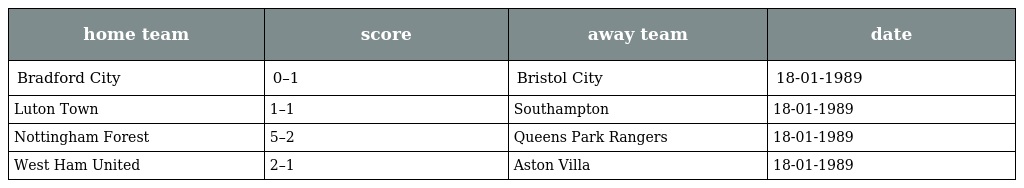
| home team | score | away team | date |
 | --- | --- | --- | --- |
 | Bradford City | 0–1 | Bristol City | 18-01-1989 |
 | Luton Town | 1–1 | Southampton | 18-01-1989 |
 | Nottingham Forest | 5–2 | Queens Park Rangers | 18-01-1989 |
 | West Ham United | 2–1 | Aston Villa | 18-01-1989 |